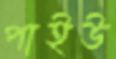
পাইউ